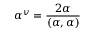
\alpha ^ { v } = { \frac { 2 \alpha } { ( \alpha , \alpha ) } }